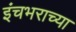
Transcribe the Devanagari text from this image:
इंचभराच्या